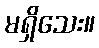
မရှိသေး။